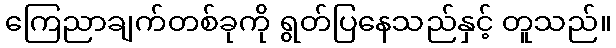
ကြေညာချက်တစ်ခုကို ရွတ်ပြနေသည်နှင့် တူသည်။